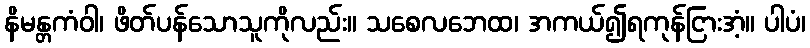
နိမန္တကံဝါ၊ ဖိတ်ပန်သောသူကိုလည်း။ သစေလဘေထ၊ အကယ်၍ရကုန်ငြားအံ့။ ပါပံ၊